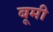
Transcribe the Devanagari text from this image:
बूमी